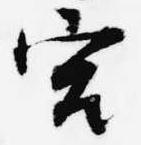
宮